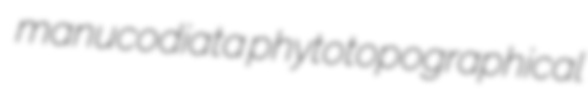
manucodiata phytotopographical